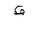
Letter: _qaf